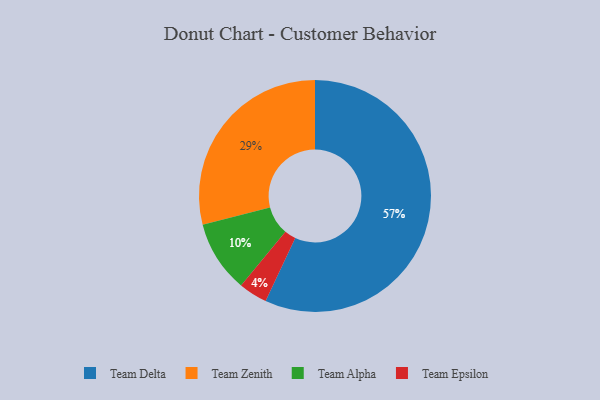
{"axis": {"x": "Category", "y": "Percentage"}, "legend": ["Team Alpha", "Team Delta", "Team Epsilon", "Team Zenith"], "data": [{"x": "Team Delta", "y": 57, "type": "Team Delta"}, {"x": "Team Zenith", "y": 29, "type": "Team Zenith"}, {"x": "Team Epsilon", "y": 4, "type": "Team Epsilon"}, {"x": "Team Alpha", "y": 10, "type": "Team Alpha"}]}